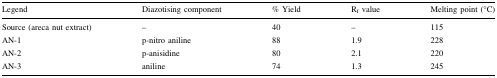
<table><thead><tr><td><b>Legend</b></td><td><b>Diazotising component</b></td><td><b>% Yield</b></td><td><b>R<sub>f</sub> value</b></td><td><b>Melting point (°C)</b></td></tr></thead><tbody><tr><td>Source (areca nut extract)</td><td>–</td><td>40</td><td>–</td><td>115</td></tr><tr><td>AN-1</td><td>p-nitro aniline</td><td>88</td><td>1.9</td><td>228</td></tr><tr><td>AN-2</td><td>p-anisidine</td><td>80</td><td>2.1</td><td>220</td></tr><tr><td>AN-3</td><td>aniline</td><td>74</td><td>1.3</td><td>245</td></tr></tbody></table>